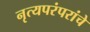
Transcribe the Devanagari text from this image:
नृत्यपरंपरांचे